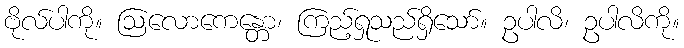
ဗိုလ်ပါကို။ ဩလောကေန္တော၊ ကြည့်ရှုသည်ရှိသော်။ ဥပါလိ၊ ဥပါလိကို။